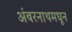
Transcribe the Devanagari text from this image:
अंबरनाथमधून